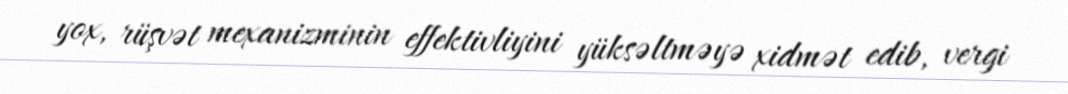
yox, rüşvət mexanizminin effektivliyini yüksəltməyə xidmət edib, vergi